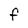
Character: F